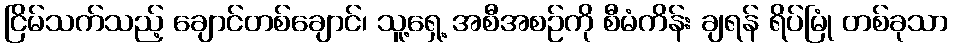
ငြိမ်သက်သည့် ချောင်တစ်ချောင်၊ သူ့ရှေ့ အစီအစဉ်ကို စီမံကိန်း ချရန် ရိပ်မြုံ တစ်ခုသာ